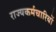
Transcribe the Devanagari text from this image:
राज्यकर्मचारियों